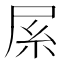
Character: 𡱏